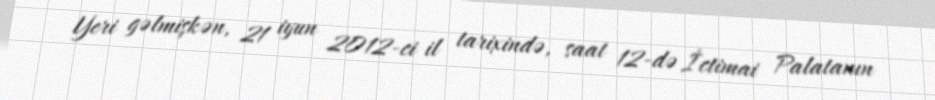
Yeri gəlmişkən, 21 iyun 2012-ci il tarixində, saat 12-də İctimai Palatanın